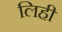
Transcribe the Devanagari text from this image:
लिही